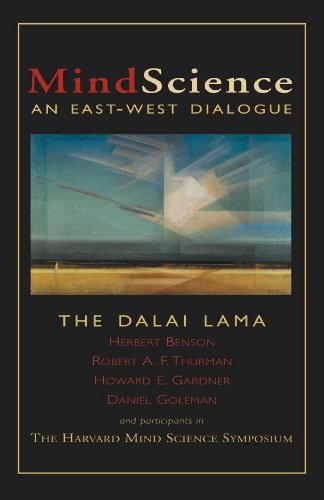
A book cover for MindScience: An East-West Dialogue; His Holiness the Dalai Lama; Religion & Spirituality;